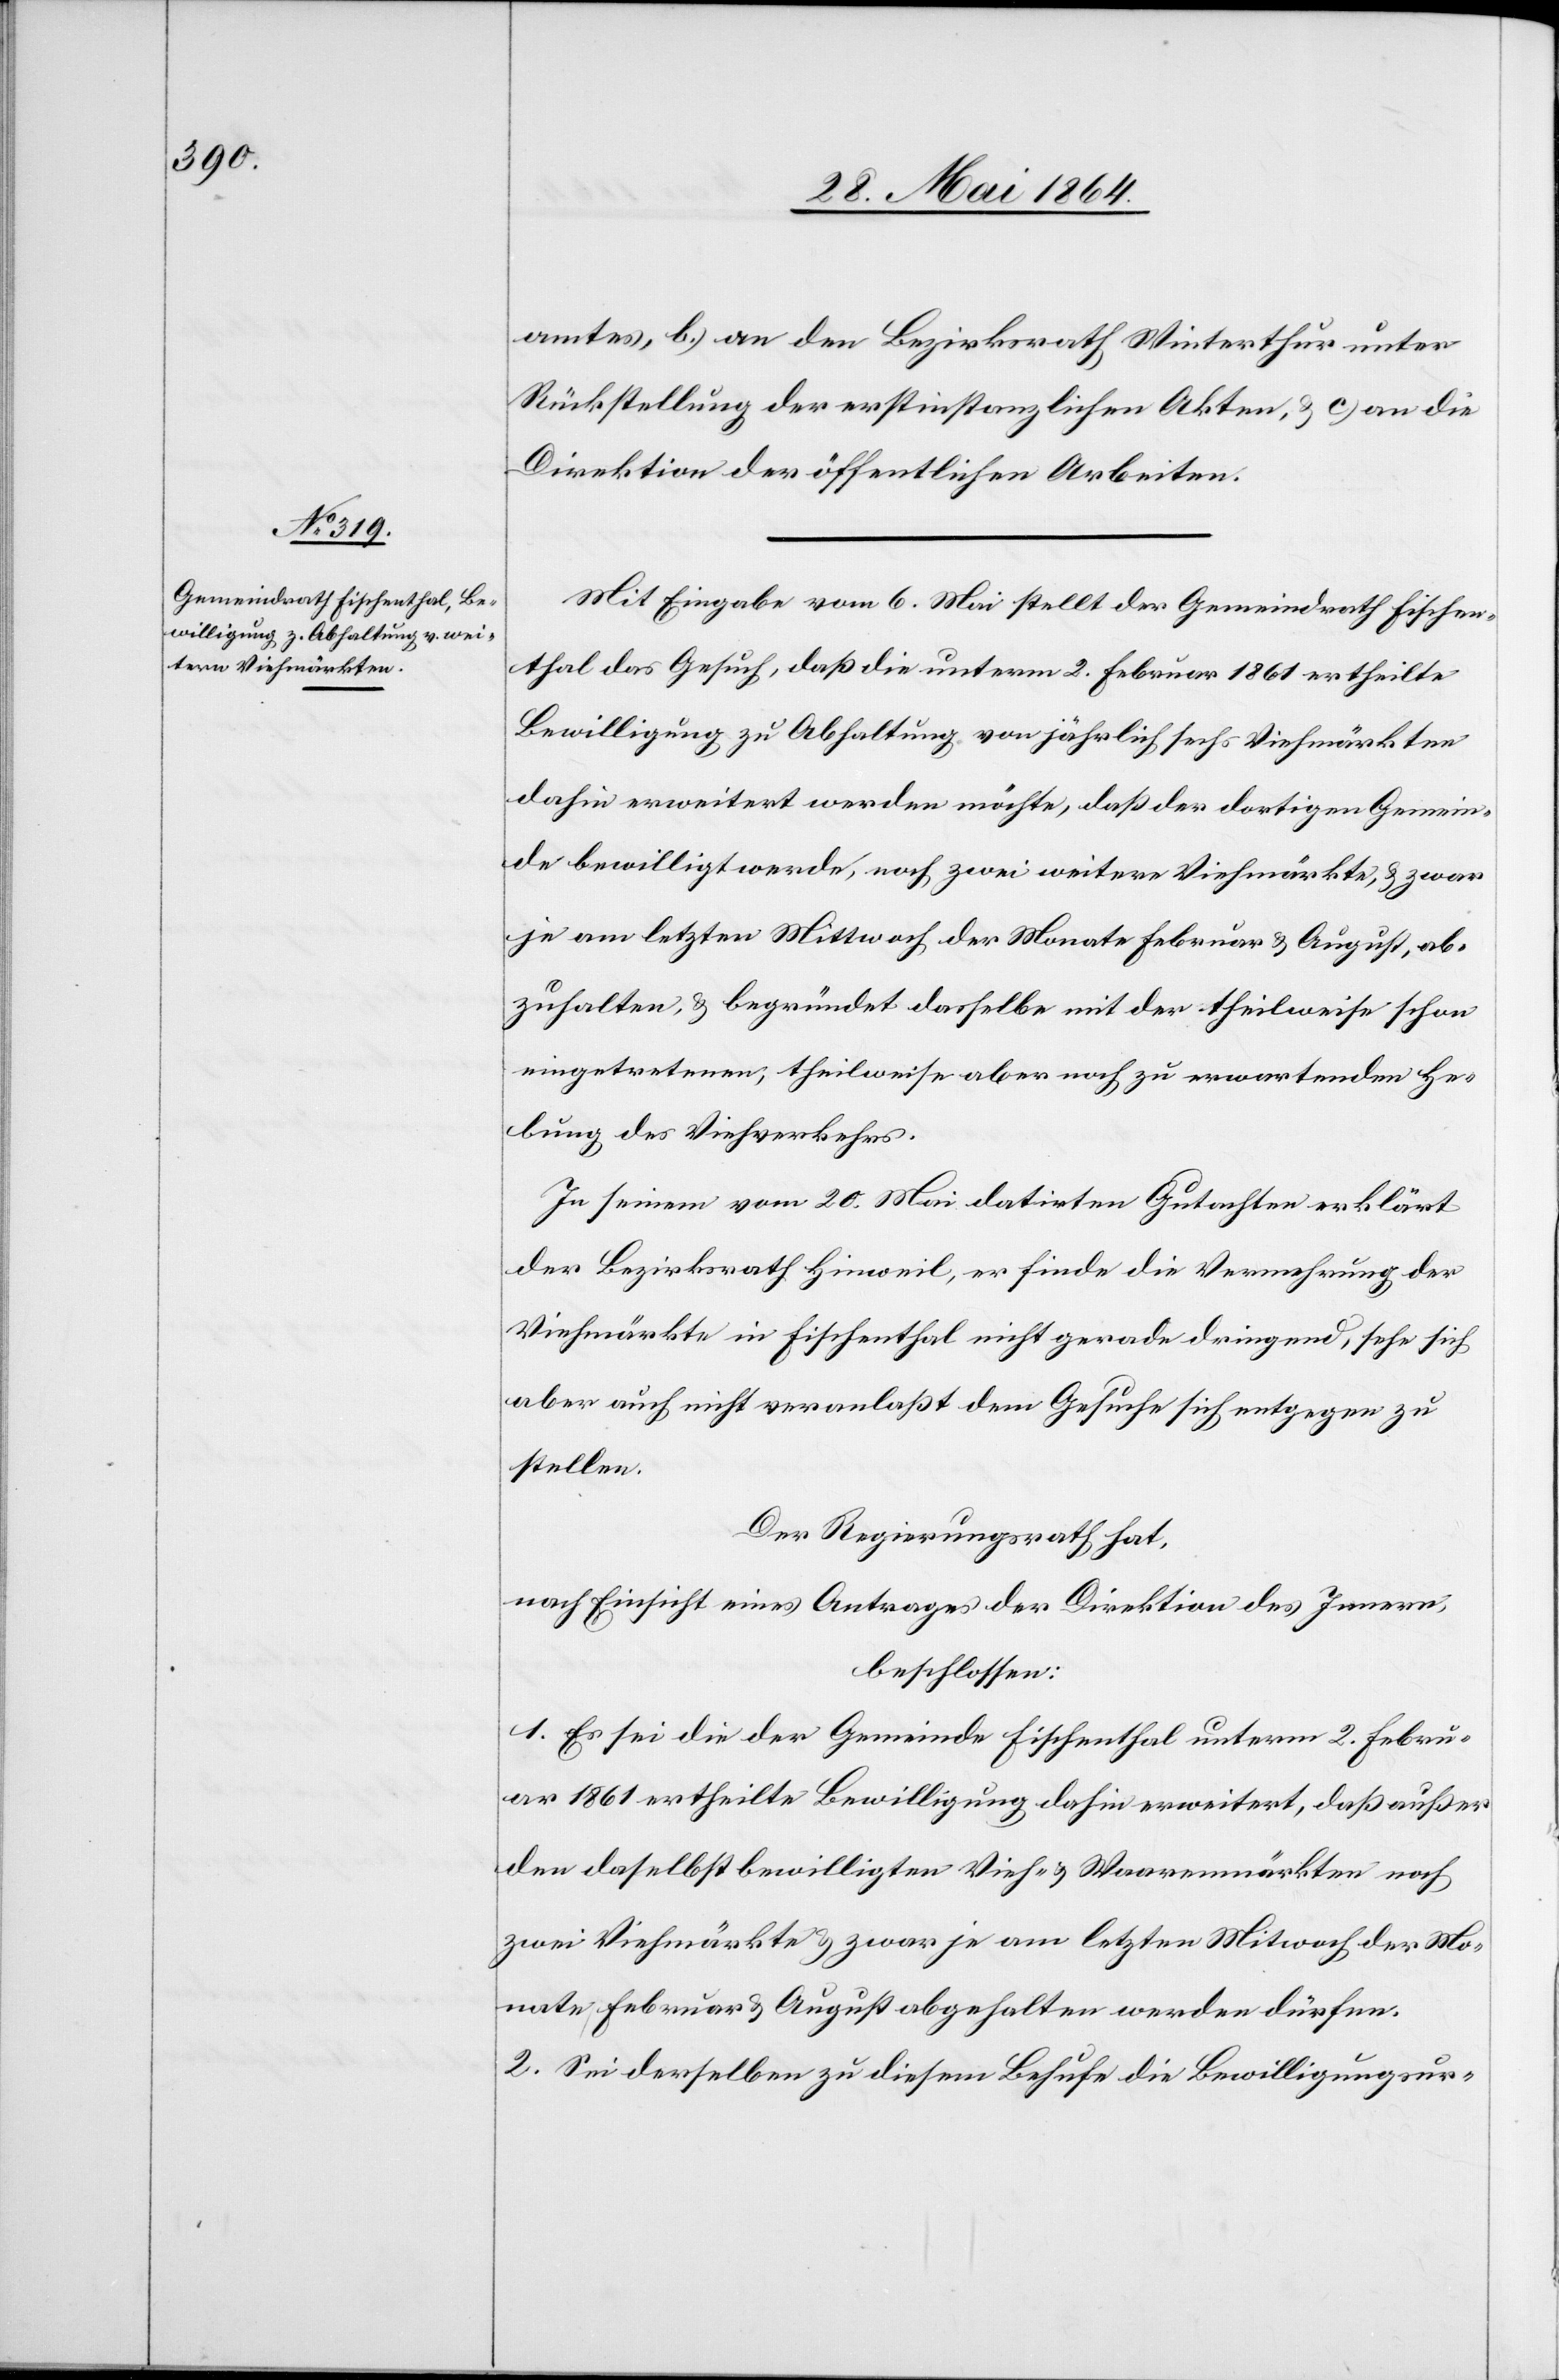
amtes, b.) an den Bezirksrath Winterthur unter
Rückstellung der erstinstanzlichen Akten, u. c) an die
Direktion der öffentlichen Arbeiten.
Mit Eingabe vom 6. Mai stellt der Gemeindrath Fischen¬
thal das Gesuch, daß die unterm 2. Februar 1861 ertheilte
Bewilligung zu Abhaltung von jährlich sechs Viehmärkten
dahin erweitert werden möchte, daß der dortigen Gemein¬
de bewilligt werde, noch zwei weitere Viehmärkte, u. zwar
je am letzten Mittwoch der Monate Februar u. August, ab¬
zuhalten, u. begründet dasselbe mit der theilweise schon
eingetretenen, theilweise aber noch zu erwartenden He¬
bung des Viehverkehrs.
In seinem vom 20. Mai datirten Gutachten erklärt
der Bezirksrath Hinweil, er finde die Vermehrung der
Viehmärkte in Fischenthal nicht gerade dringend, sehe sich
aber auch nicht veranlaßt dem Gesuche sich entgegen zu
stellen.
Der Regierungsrath hat,
nach Einsicht eines Antrages der Direktion des Innern,
beschlossen:
1. Es sei die der Gemeinde Fischenthal unterm 2. Febru¬
ar 1961 ertheilte Bewilligung dahin erweitert, daß außer
den daselbst bewilligten Vieh- u. Waarenmärkten noch
zwei Viehmärkte u. zwar je am letzten Mitwoch [sic!] der Mo¬
nate Februar u. August abgehalten werden dürfen.
2. Sei derselben zu diesem Behufe die Bewilligungsur-